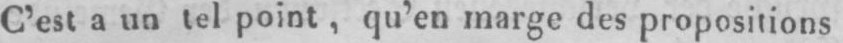
C’est a un tel point, qu’en marge des propositions